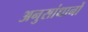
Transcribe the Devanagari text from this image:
अनुसांधानों